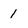
Character: 1